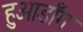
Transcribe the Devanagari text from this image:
हुआडाँग